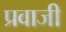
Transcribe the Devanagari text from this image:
प्रवाजी